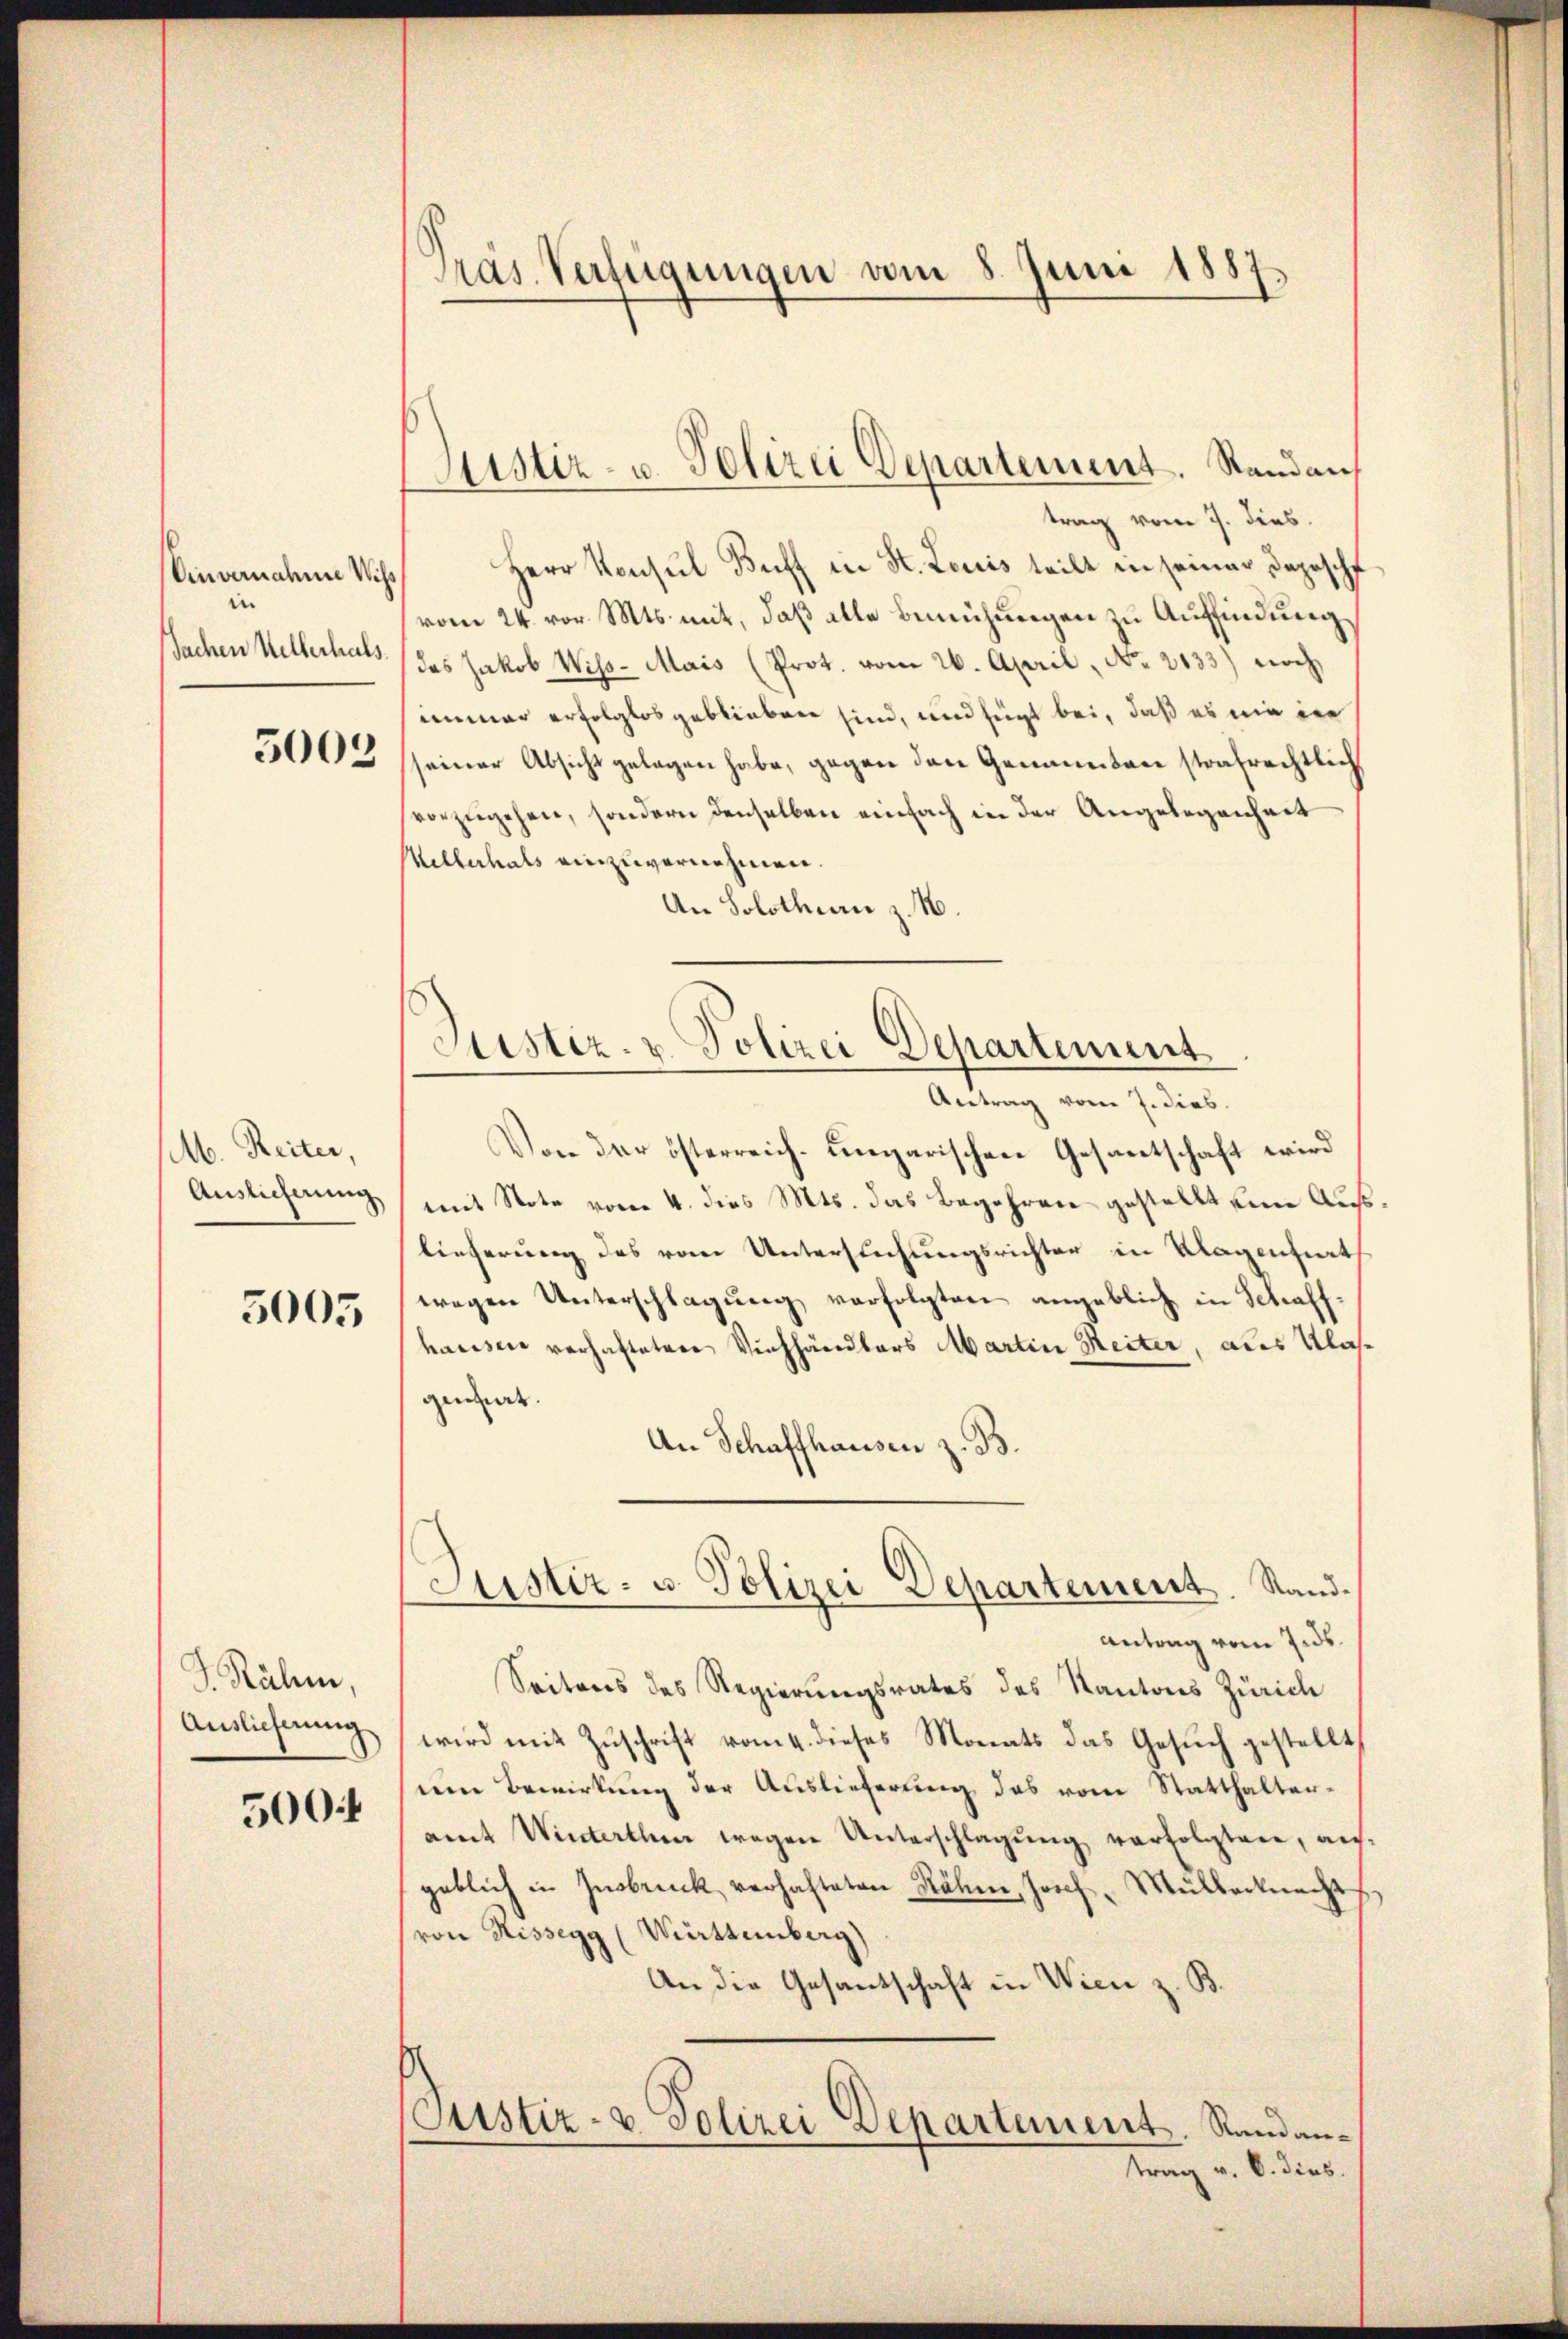
Einvenalen Wiss
in
Sachen Hellerhals

M. Reiter,
Auslieferung

5005

J. Rähm,
Auslicherung
500

Präs. Verfügungen vom 8. Juni 1887.

trag vom 7. dies
Herr Konsul Buff in St. Louis teilt in seiner Depesche
vom 24. vor. Mts. mit, daß alle Bemühungen zu Auffindung,
das Jakob Wiss- Mais (Prot. vom 26. April, No. 2133) noch
immer erfolglos geblieben sind, und fügt bei, daß es nie in
3005 seiner Absicht gelegen habe, gegen den Genannten strafrechtlich
vorzugehen, sondern denselben einfach in der Angelegenheit
Millerhals einzuvernehmen.
An Solothurn z. B.

Sistir- u. Polizei Departement. Stand auf

Justiz- & Polizei Departement

Antrag vom 7. dieb.
Von der österreich-ungarischen Gesantschaft wird
mit Note vom 4. dies Mts. das Begehren gestellt eine Auslieferung des vom Untersuchungsrichter in Klagenheits
wegen Unterschlagŭng verfolgten angeblich in Schaff-
hausen verhafteten Viehhändlers Martin Reiter, als Klasqensirt.
An Schaffhausen z. B.
Antrag vom 7. ds.
Seitens des Regierungsrates des Kantons Zürich
wird mit Zuschrift vom 4. dieses Monats das Gesuch gestellt,
(im Bewirkŭng der Auslieferŭng des vom Statthalter-
amt Winterthen wegen Unterschlagung verfolgten, ausgeblich in Insbruck verhafteten Rähme, Josef Müllerknecht
(von Rissegg (Württemberg)
An die Gesandtschaft in Wien z. B.
(Justiz- & Polizei Departement. Randantrag v. 6. dies.

Justiz- u. Polizei Departement. Stand.